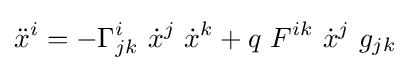
{{{\ddot {x}}^{i}=-\Gamma _{jk}^{i}\ {{\dot {x}}^{j}}\ {{\dot {x}}^{k}}+q\ {F^{ik}}\ {{\dot {x}}^{j}}}\ {g_{jk}}}